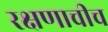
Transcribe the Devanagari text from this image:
रक्षणाचीच